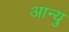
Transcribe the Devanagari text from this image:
आन्यु